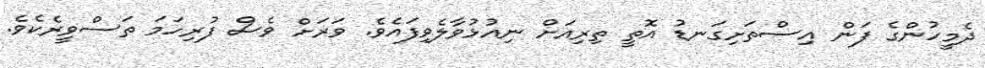
ދެމީހުންގެ ފަން އިސްތަށިގަނޑު އޮތީ ތިރިއަށް ނިއުޅުވާލެވިފައެވެ. ވަރަށް ވެސް ފުރިހަމަ ތަސްވީރެކެވެ.